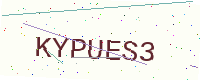
Text: KYPUES3